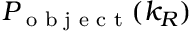
P _ { \textrm { o b j e c t } } ( k _ { R } )